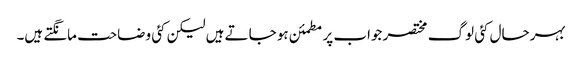
بہرحال کئی لوگ مختصر جواب پر مطمئن ہو جاتے ہیں لیکن کئی وضاحت مانگتے ہیں۔